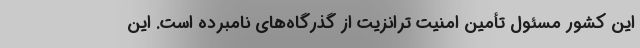
این کشور مسئول تأمین امنیت ترانزیت از گذرگاه‌های نامبرده است. این